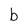
Character: b